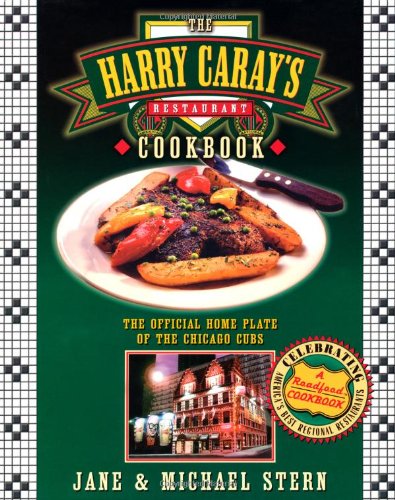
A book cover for The Harry Caray's Restaurant Cookbook: The Official Home Plate of the Chicago Cubs; Jane Stern; Cookbooks, Food & Wine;